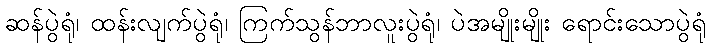
ဆန်ပွဲရုံ၊ ထန်းလျက်ပွဲရုံ၊ ကြက်သွန်ဘာလူးပွဲရုံ၊ ပဲအမျိုးမျိုး ရောင်းသောပွဲရုံ